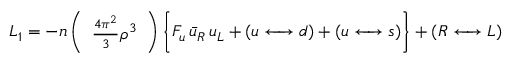
{ \cal L } _ { 1 } = - n \left( \begin{array} { c } { { { \frac { 4 \pi { } ^ { 2 } } { 3 } } { \rho ^ { 3 } } } } \end{array} \right) \Bigg \{ { \cal F } _ { u } \, \bar { u } _ { R } \, u _ { L } + ( u \leftarrow \joinrel \rightarrow d ) + ( u \leftarrow \joinrel \rightarrow s ) \Bigg \} + ( R \leftarrow \joinrel \rightarrow L )